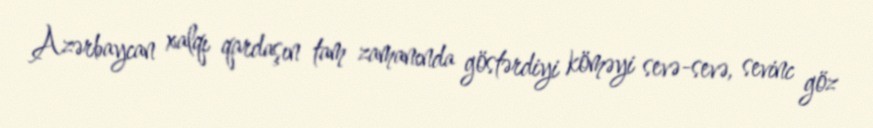
Azərbaycan xalqı qardaşın tam zamanında göstərdiyi köməyi sevə-sevə, sevinc göz